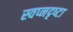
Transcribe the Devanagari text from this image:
स्‍वप्नदृष्‍टा